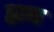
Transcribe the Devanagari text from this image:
ह्राम